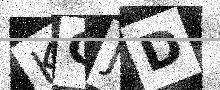
Text: KCJD